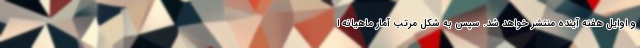
و اوایل هفته آینده منتشر خواهد شد. سپس به شکل مرتب آمار ماهیانه ا